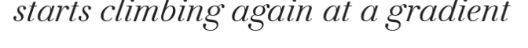
starts climbing again at a gradient